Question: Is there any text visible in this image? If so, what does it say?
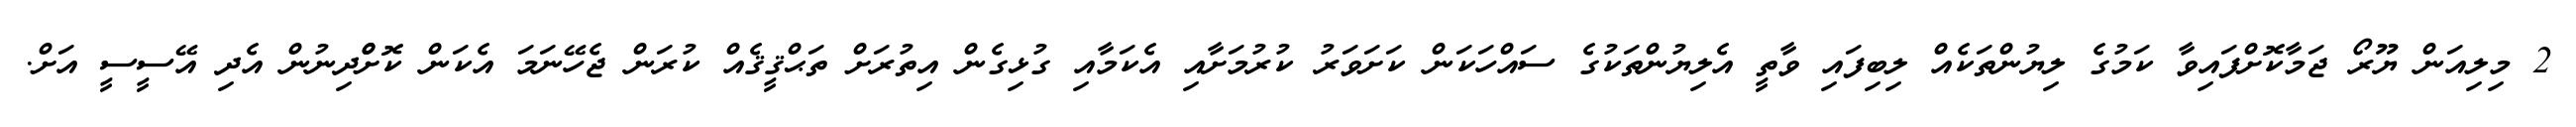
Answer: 2 މިލިއަން ޔޫރޯ ޖަމާކޮށްފައިވާ ކަމުގެ ލިޔުންތަކެއް ލިބިފައި ވާތީ އެލިޔުންތަކުގެ ސައްހަކަން ކަށަވަރު ކުރުމަށާއި އެކަމާއި ގުޅިގެން އިތުރަށް ތަޙްޤީޤެއް ކުރަން ޖެހޭނަމަ އެކަން ކޮށްްދިނުން އެދި އޭސީސީ އަށް.